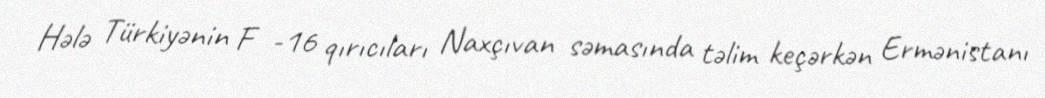
Hələ Türkiyənin F -16 qırıcıları Naxçıvan səmasında təlim keçərkən Ermənistanı